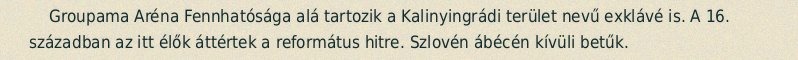
Groupama Aréna Fennhatósága alá tartozik a Kalinyingrádi terület nevű exklávé is. A 16. században az itt élők áttértek a református hitre. Szlovén ábécén kívüli betűk.